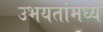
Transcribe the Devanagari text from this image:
उभयतांमध्ये